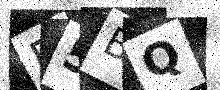
Text: R5BQ